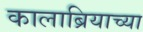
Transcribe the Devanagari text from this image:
कालाब्रियाच्या